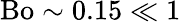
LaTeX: \mathrm{Bo}\sim 0.15\ll 1